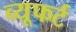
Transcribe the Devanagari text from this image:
व्यूफर्ट